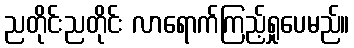
ညတိုင်းညတိုင်း လာရောက်ကြည့်ရှုပေမည်။